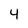
Character: 4